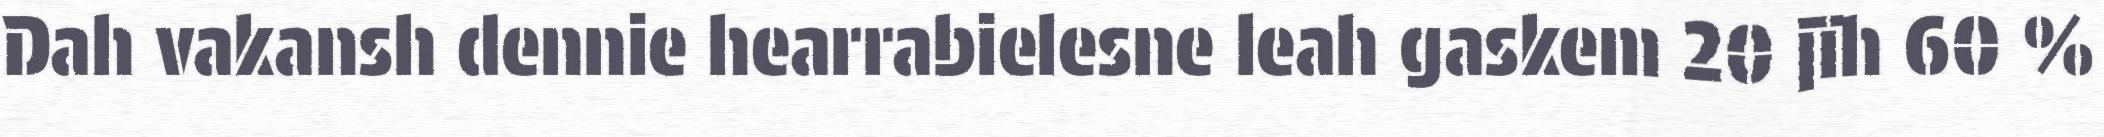
Dah vakansh dennie hearrabielesne leah gaskem 20 jïh 60 %